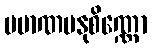
ပမာဏမနုစိဏ္ဏော